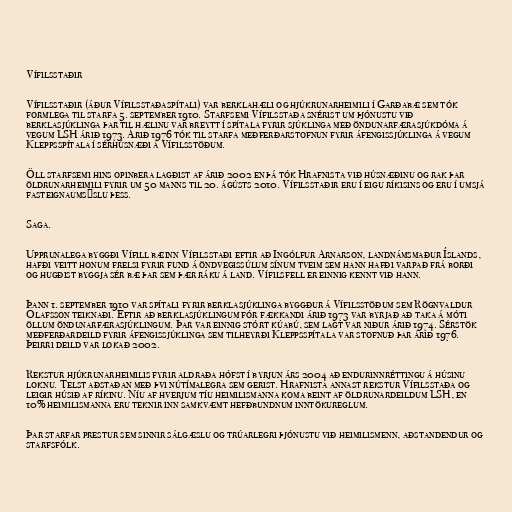
Vífilsstaðir

Vífilsstaðir (áður Vífilsstaðaspítali) var berklahæli og hjúkrunarheimili í Garðabæ sem tók
formlega til starfa 5. september 1910. Starfsemi Vífilsstaða snérist um þjónustu við
berklasjúklinga þar til hælinu var breytt í spítala fyrir sjúklinga með öndunarfærasjúkdóma á
vegum LSH árið 1973. Árið 1976 tók til starfa meðferðarstofnun fyrir áfengissjúklinga á vegum
Kleppsspítala í sérhúsnæði á Vífilsstöðum.

Öll starfsemi hins opinbera lagðist af árið 2002 en þá tók Hrafnista við húsnæðinu og rak þar
öldrunarheimili fyrir um 50 manns til 20. ágústs 2010. Vífilsstaðir eru í eigu ríkisins og eru í umsjá
fasteignaumsýslu þess.

Saga.

Upprunalega byggði Vífill bæinn Vífilsstaði eftir að Ingólfur Arnarson, landnámsmaður Íslands,
hafði veitt honum frelsi fyrir fund á öndvegissúlum sínum tveim sem hann hafði varpað frá borði
og hugðist byggja sér bæ þar sem þær ráku á land. Vífilsfell er einnig kennt við hann.

Þann 1. september 1910 var spítali fyrir berklasjúklinga byggður á Vífilsstöðum sem Rögnvaldur
Ólafsson teiknaði. Eftir að berklasjúklingum fór fækkandi árið 1973 var byrjað að taka á móti
öllum öndunarfærasjúklingum. Þar var einnig stórt kúabú, sem lagt var niður árið 1974. Sérstök
meðferðardeild fyrir áfengissjúklinga sem tilheyrði Kleppsspítala var stofnuð þar árið 1976.
Þeirri deild var lokað 2002.

Rekstur hjúkrunarheimilis fyrir aldraða hófst í byrjun árs 2004 að endurinnréttingu á húsinu
loknu. Telst aðstaðan með þvi nútímalegra sem gerist. Hrafnista annast rekstur Vífilsstaða og
leigir húsið af ríkinu. Níu af hverjum tíu heimilismanna koma beint af öldrunardeildum LSH, en
10% heimilismanna eru teknir inn samkvæmt hefðbundnum inntökureglum.

Þar starfar prestur sem sinnir sálgæslu og trúarlegri þjónustu við heimilismenn, aðstandendur og
starfsfólk.